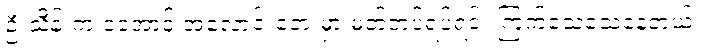
ဦးသိန်းက ငအောင့် အလောင်းဘေးမှာ မတ်တပ်ရပ်ရင်း ကြက်သေသေနေတယ်။